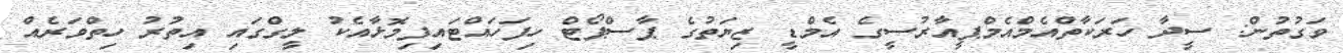
ވަގުތުން: ސީދާ ހަރަކާތްއެމްއެމްޕީއާރުސީގެ އެމްޑީ ޒިޔަތުގެ ޕާސްޕޯޓް ހިފަހައްޓައިފިމޮޅާއެކު ލީގްގައި އިތުރު ހިތްވަރެއް